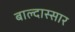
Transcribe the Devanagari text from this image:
बाल्दास्सार